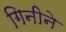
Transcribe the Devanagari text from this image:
गिनीने